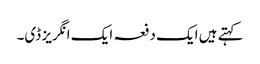
کہتے ہیں ایک دفعہ ایک انگریز ڈی۔